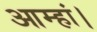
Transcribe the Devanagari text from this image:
आम्हां।